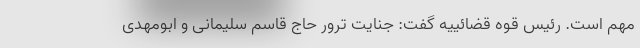
مهم است. رئیس قوه قضائییه گفت: جنایت ترور حاج قاسم سلیمانی و ابومهدی